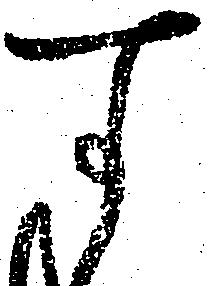
す